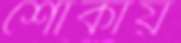
শোকায়